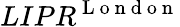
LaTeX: LIPR^{\mathrm{~L~o~n~d~o~n~}}